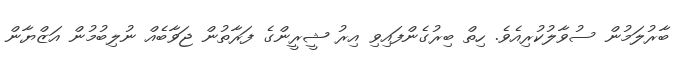
ބާރުލަމުން ސުވާލުކުރިއެވެ. ހިތް ބިރުގެންފައިވި އިރު ޝީރީންގެ ފަރާތުން ޖަވާބެއް ނުލިބުމުން އަޒްޔާން